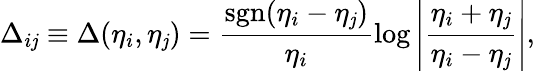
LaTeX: \Delta_{i\mathit{j}}\equiv\Delta(\eta_{i},\eta_{\mathit{j}})=\frac{{\mathrm{{sgn}}(\eta_{i}-\eta_{\mathit{j}})}}{{\eta_{i}}}\log\left|\frac{{\eta_{i}+\eta_{\mathit{j}}}}{{\eta_{i}-\eta_{\mathit{j}}}}\right|,